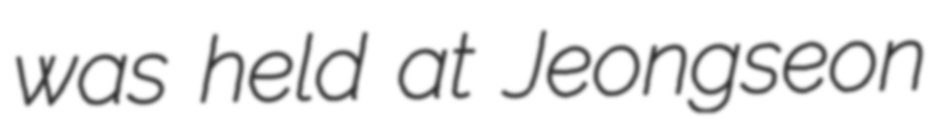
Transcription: was held at Jeongseon